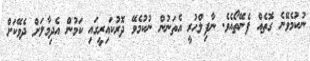
ނުކުމެވޭނެ ގޮތެއް ފެނޭތޯއެވެ. ނާފިލްހުރީ އެތަނުން ނުކުމެވޭ ދޮރުކައިރީގައި ކަމުން އެދިމާލަށް ދެވޭކަށް